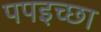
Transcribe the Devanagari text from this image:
पपइच्छा